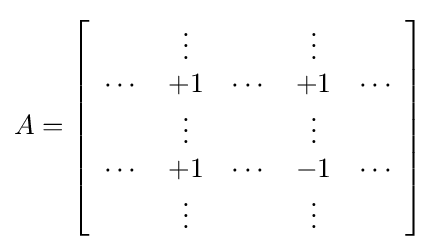
A=\left[{\begin{array}{ccccc}&\vdots &&\vdots \\\dotsb &+1&\dotsb &+1&\dotsb \\&\vdots &&\vdots \\\dotsb &+1&\dotsb &-1&\dotsb \\&\vdots &&\vdots \end{array}}\right]